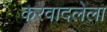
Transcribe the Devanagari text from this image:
करवादलेला